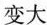
变大